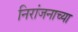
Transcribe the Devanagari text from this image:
निरांजनाच्या